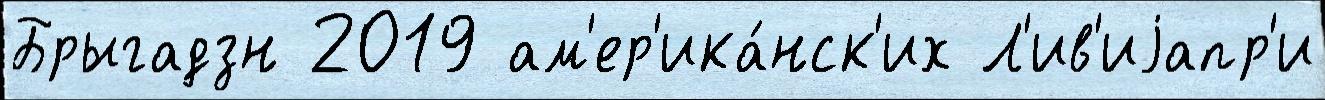
Брыгадзн 2019 ам'ер'ика́нск'их Л'ив'иjапр'и